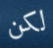
لكن